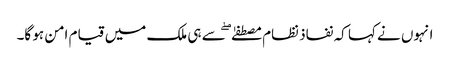
انہوں نے کہا کہ نفاذ نظام مصطفےٰ ۖ سے ہی ملک میں قیام امن ہو گا۔